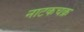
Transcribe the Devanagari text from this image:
नाटकचक्र